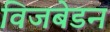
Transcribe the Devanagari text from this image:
विजबेडन